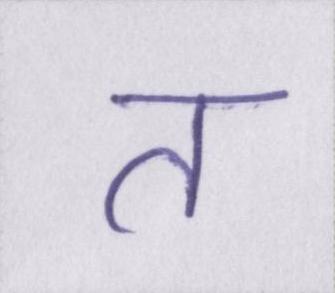
त